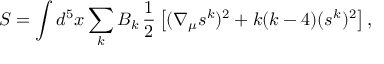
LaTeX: S = \int d ^ { 5 } x \sum _ { k } B _ { k } \, \frac { 1 } { 2 } \left[ ( \nabla _ { \mu } s ^ { k } ) ^ { 2 } + k ( k - 4 ) ( s ^ { k } ) ^ { 2 } \right] ,